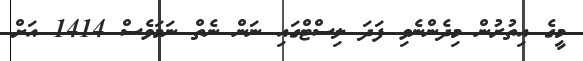
މީގެ އިތުރުން މިދެންނެވި ފަދަ ލިސްޓްގައި ނަން ނެތް ނަމަވެސް 1414 އަށް